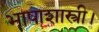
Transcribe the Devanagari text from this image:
भाषाशास्त्री।